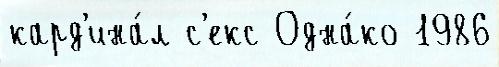
кард'ина́л с'екс Одна́ко 1986